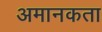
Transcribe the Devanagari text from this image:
अमानकता